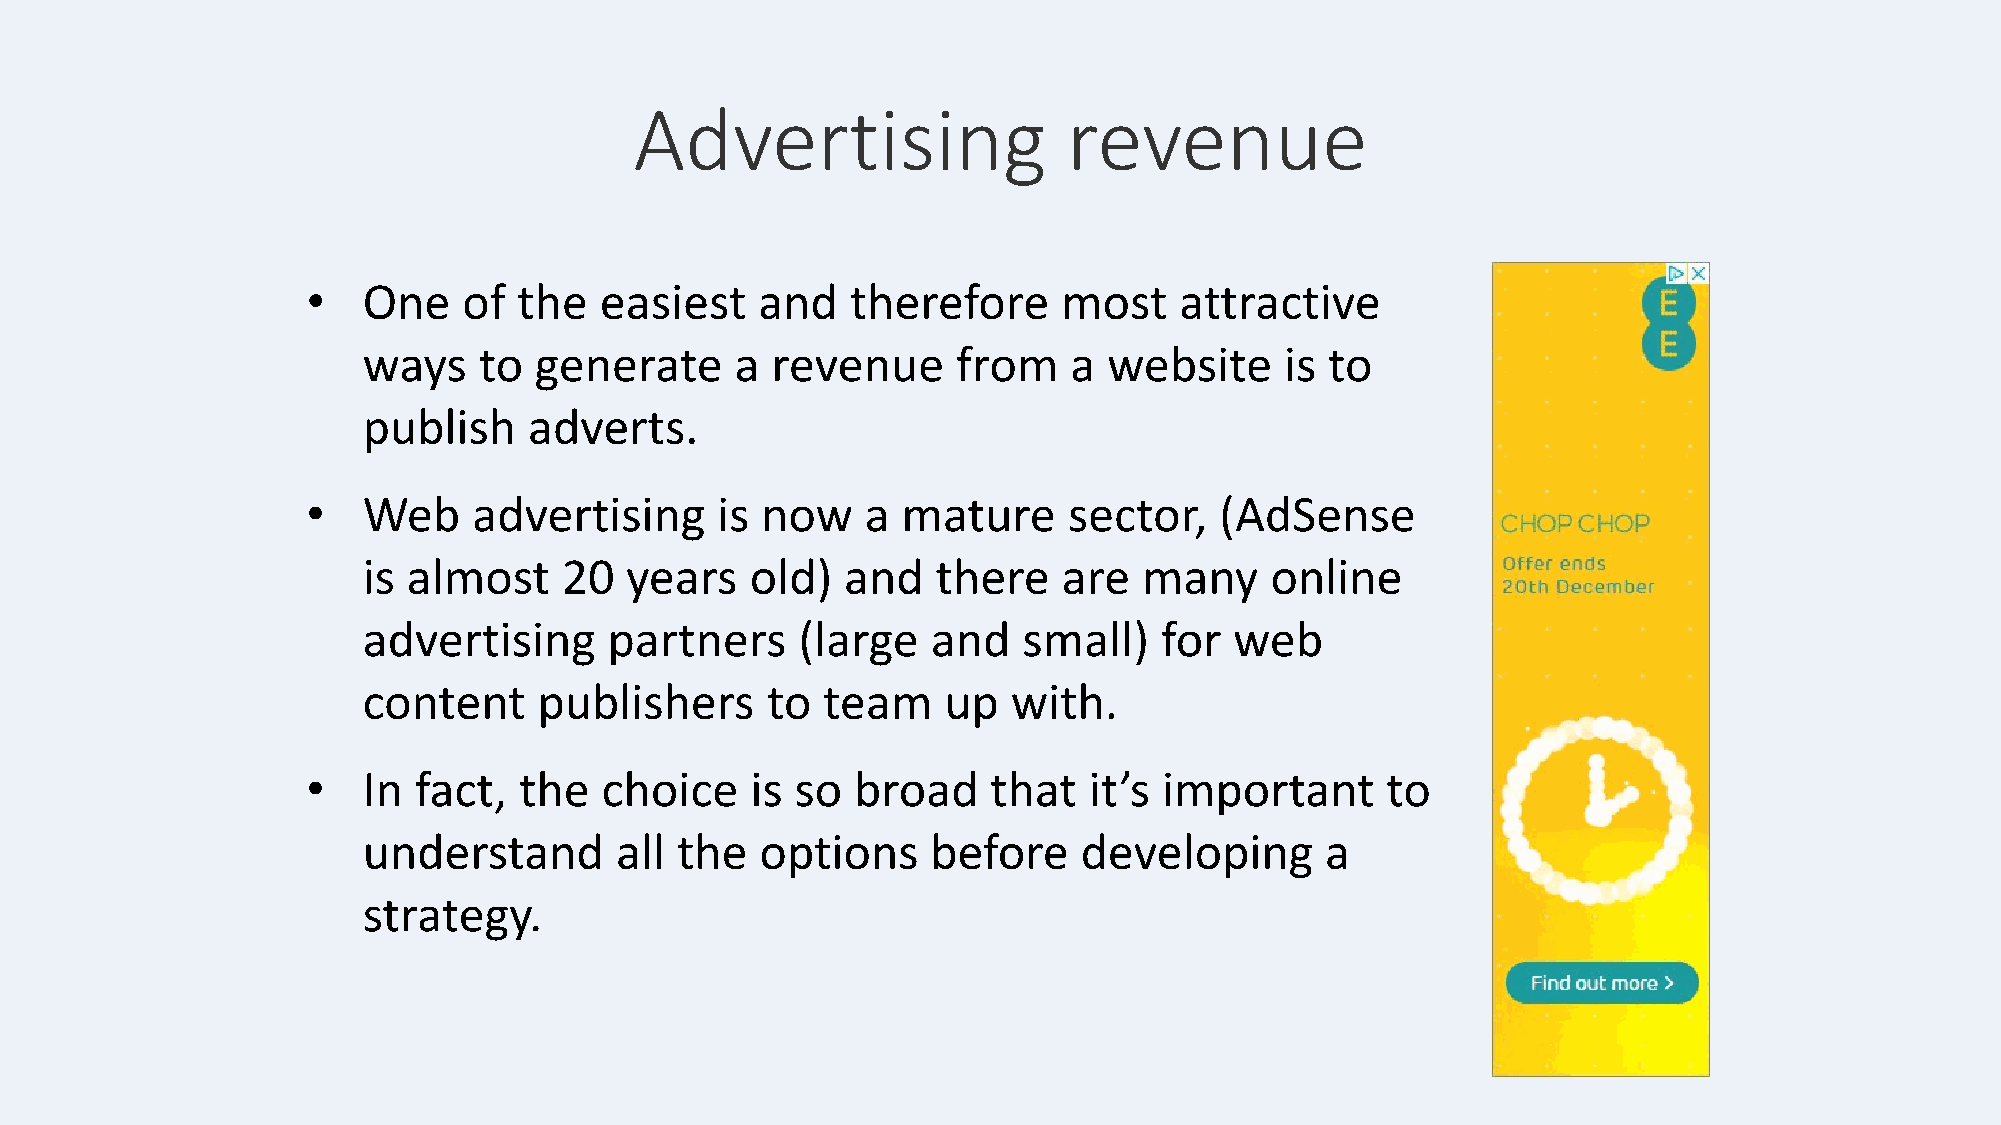
Advertising                  revenue
 •   One    of the   easiest   and   therefore     most    attractive
 ways    to generate      a revenue     from    a website     is to
 publish    adverts.
 •   Web    advertising     is now    a  mature     sector,   (AdSense
 is almost    20  years    old)  and   there   are   many    online
 advertising     partners     (large   and   small)   for  web
 content     publishers     to team    up   with.
 •   In fact,  the   choice    is so  broad    that  it’s important      to
 understand       all the  options     before    developing      a
 strategy.